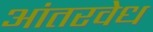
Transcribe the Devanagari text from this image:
आंतरवेध